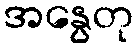
အနွေတု